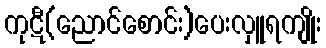
ကုဋီ(ညောင်စောင်း)ပေးလှူရကျိုး